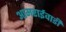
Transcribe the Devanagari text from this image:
आमराईवाडी